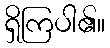
ရှိကြပါ၏။